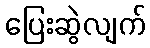
ပြေးဆွဲလျက်